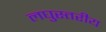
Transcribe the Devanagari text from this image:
लघुस्तरीय